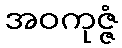
အဝကုဇ္ဇံ